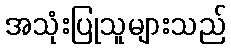
အသုံးပြုသူများသည်